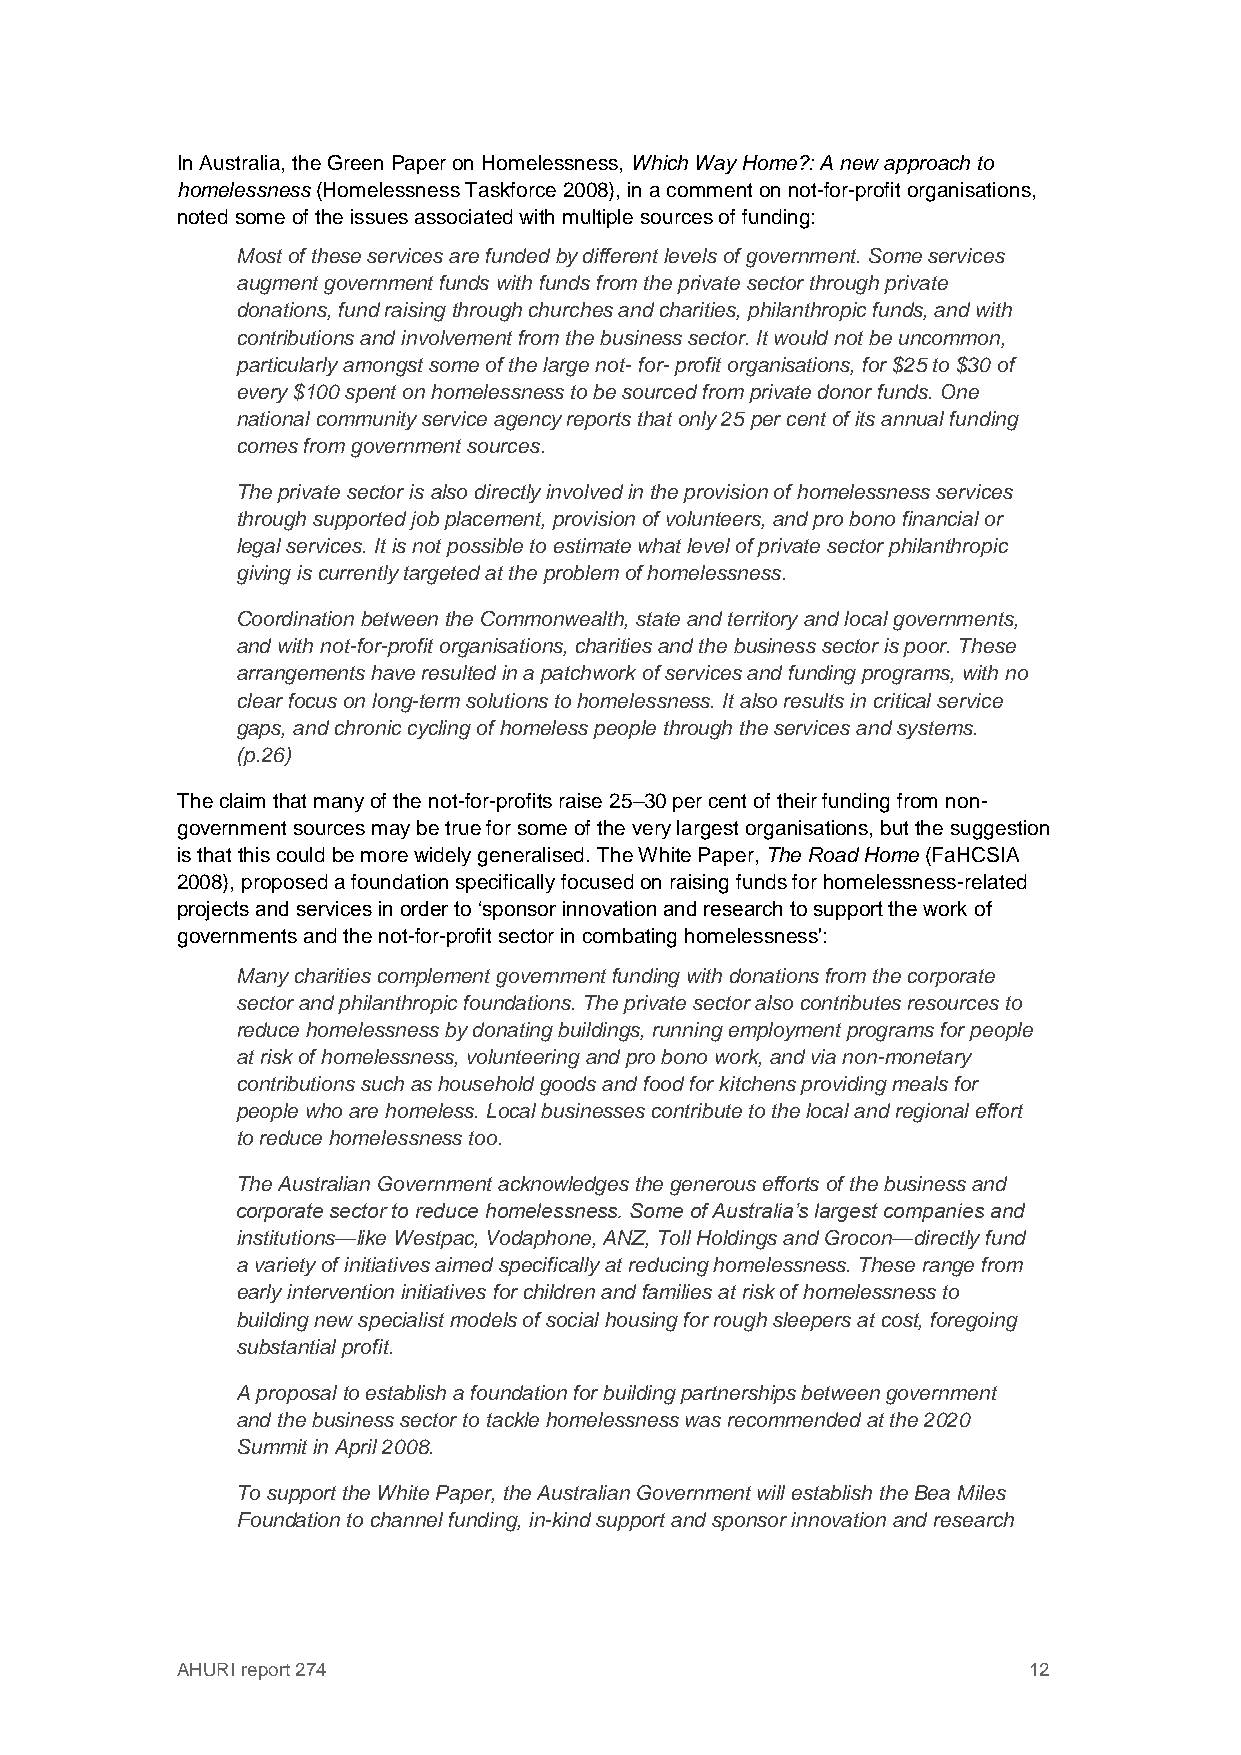
In Australia, the Green Paper on Homelessness, Which Way Home?: A new approach to
 homelessness (Homelessness Taskforce 2008), in a comment on not-for-profit organisations,
 noted some of the issues associated with multiple sources of funding:
 Most of these services are funded by different levels of government. Some services
 augment government funds with funds from the private sector through private
 donations, fund raising through churches and charities, philanthropic funds, and with
 contributions and involvement from the business sector. It would not be uncommon,
 particularly amongst some of the large not- for- profit organisations, for $25 to $30 of
 every $100 spent on homelessness to be sourced from private donor funds. One
 national community service agency reports that only 25 per cent of its annual funding
 comes from government sources.
 The private sector is also directly involved in the provision of homelessness services
 through supported job placement, provision of volunteers, and pro bono financial or
 legal services. It is not possible to estimate what level of private sector philanthropic
 giving is currently targeted at the problem of homelessness.
 Coordination between the Commonwealth, state and territory and local governments,
 and with not-for-profit organisations, charities and the business sector is poor. These
 arrangements have resulted in a patchwork of services and funding programs, with no
 clear focus on long-term solutions to homelessness. It also results in critical service
 gaps, and chronic cycling of homeless people through the services and systems.
 (p.26)
 The claim that many of the not-for-profits raise 25–30 per cent of their funding from non-
 government sources may be true for some of the very largest organisations, but the suggestion
 is that this could be more widely generalised. The White Paper, The Road Home (FaHCSIA
 2008), proposed a foundation specifically focused on raising funds for homelessness-related
 projects and services in order to ‘sponsor innovation and research to support the work of
 governments and the not-for-profit sector in combating homelessness':
 Many charities complement government funding with donations from the corporate
 sector and philanthropic foundations. The private sector also contributes resources to
 reduce homelessness by donating buildings, running employment programs for people
 at risk of homelessness, volunteering and pro bono work, and via non-monetary
 contributions such as household goods and food for kitchens providing meals for
 people who are homeless. Local businesses contribute to the local and regional effort
 to reduce homelessness too.
 The Australian Government acknowledges the generous efforts of the business and
 corporate sector to reduce homelessness. Some of Australia’s largest companies and
 institutions—like Westpac, Vodaphone, ANZ, Toll Holdings and Grocon—directly fund
 a variety of initiatives aimed specifically at reducing homelessness. These range from
 early intervention initiatives for children and families at risk of homelessness to
 building new specialist models of social housing for rough sleepers at cost, foregoing
 substantial profit.
 A proposal to establish a foundation for building partnerships between government
 and the business sector to tackle homelessness was recommended at the 2020
 Summit in April 2008.
 To support the White Paper, the Australian Government will establish the Bea Miles
 Foundation to channel funding, in-kind support and sponsor innovation and research
 AHURI report 274                                        12